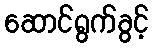
ဆောင်ရွက်ခွင့်